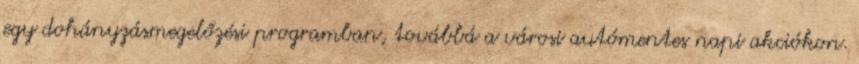
egy dohányzásmegelőzési programban, továbbá a városi autómentes napi akciókon.